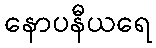
နောပနီယရေ